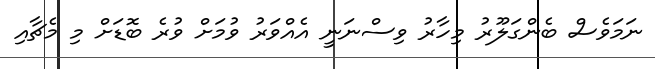
ނަމަވެސް ބެންގަލޫރު މިހާރު ވިސްނަނީ އެއްވަރު ވުމަށް ވުރެ ބޮޑަށް މި މެޗާއި